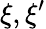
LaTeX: \xi,\xi^{\prime}